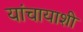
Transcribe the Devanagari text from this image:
यांचायाशी